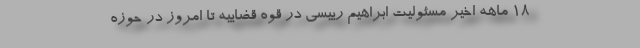
۱۸ ماهه اخیر مسئولیت ابراهیم رییسی در قوه قضاییه تا امروز در حوزه